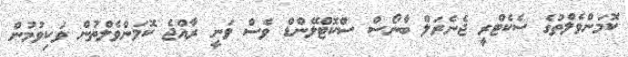
ކޮމަންވެލްތުގެ ސެކެޓްރީ ޖެނެރަލް ބާނޯސް ސްކޮޓްލޭންޑް ވެސް ވަނީ ރާއްޖެ ކޮމަންވެލްތުން ވަކިވުމުން